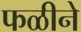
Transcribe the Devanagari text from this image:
फळीने